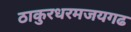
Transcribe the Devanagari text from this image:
ठाकुरधरमजयगढ